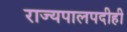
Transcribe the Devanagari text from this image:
राज्यपालपदीही